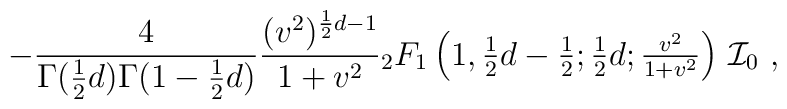
-\frac{4}{\Gamma (\frac{1}{2}d)\Gamma (1-\frac{1}{2}d)}\frac{(v^{2})^{\frac{1}{2}d-1}}{1+v^{2}}{}_{2}F_{1}\left( {\textstyle{1,\frac{1}{2}d-\frac{1}{2};\frac{1}{2}d;\frac{v^{2}}{1+v^{2}}}}\right) \,{\cal I}_{0}\ ,